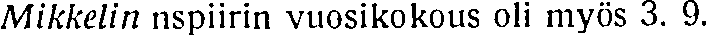
Mikkelin nspiirin vuosikokous oli myös 3. 9.